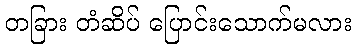
တခြား တံဆိပ် ပြောင်းသောက်မလား